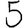
Digit: 5